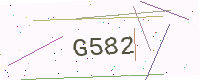
Text: G582